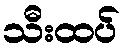
သီးထပ်